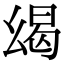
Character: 㡫